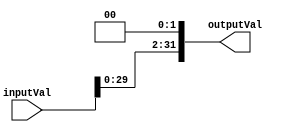
`timescale 1ns / 1ps
//////////////////////////////////////////////////////////////////////////////////
// Company: 
// Engineer: 
// 
// Design Name: 
// Module Name: TwoShift32Bit
// Project Name: 
// Target Devices: 
// Tool Versions: 
// Description: 
// 
// Dependencies: 
// 
// Revision:
// Revision 0.01 - File Created
// Additional Comments:
// 
//////////////////////////////////////////////////////////////////////////////////


module TwoShift32Bit(inputVal, outputVal);
    input[31:0] inputVal;
    output reg [31:0] outputVal;
    
    always@(*) outputVal <= inputVal << 2;
endmodule